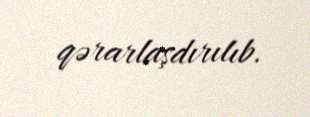
qərarlaşdırılıb.